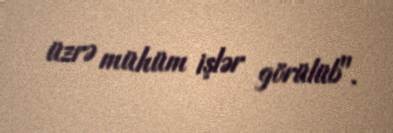
üzrə mühüm işlər görülüb".